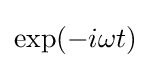
\mathrm {exp} (-i\omega t)